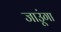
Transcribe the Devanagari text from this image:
जाउूंगा